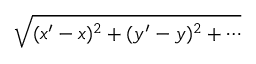
\sqrt { ( x ^ { \prime } - x ) ^ { 2 } + ( y ^ { \prime } - y ) ^ { 2 } + \cdots }